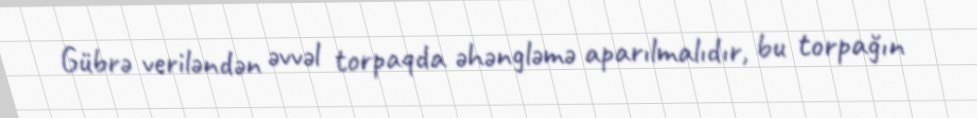
Gübrə veriləndən əvvəl torpaqda əhəngləmə aparılmalıdır, bu torpağın